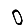
Digit: 0